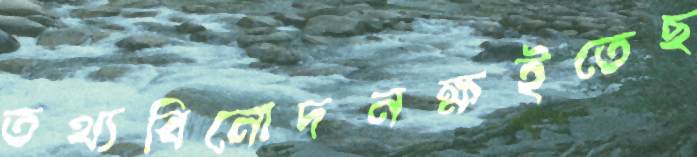
তথ্যবিনোদনক্ষইতেছ